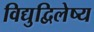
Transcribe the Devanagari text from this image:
विद्युद्विलेष्य